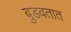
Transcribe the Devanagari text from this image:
बुडवतात